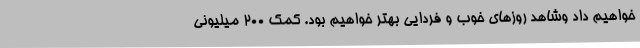
خواهیم داد وشاهد روزهای خوب و فردایی بهتر خواهیم بود. کمک 200 میلیونی